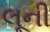
લૂની